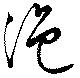
浥